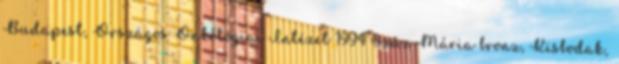
Budapest, Országos Onkológiai Intézet 1994 Szűz Mária bronz, Kisbodak,